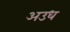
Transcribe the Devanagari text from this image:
अउध